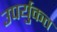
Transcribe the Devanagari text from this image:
उपर्युकत